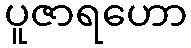
ပူဇာရဟော